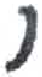
אות: י